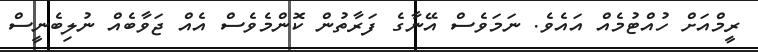
ރީމްއަށް ހުއްޓުމެއް އައެވެ. ނަމަވެސް އޭނާގެ ފަރާތުން ކޮންމެވެސް އެއް ޖަވާބެއް ނުލިބެނީސް